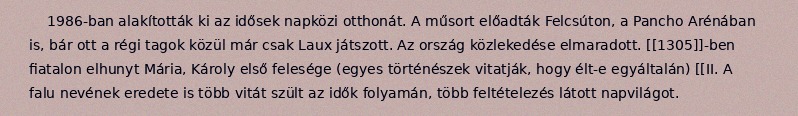
1986-ban alakították ki az idősek napközi otthonát. A műsort előadták Felcsúton, a Pancho Arénában is, bár ott a régi tagok közül már csak Laux játszott. Az ország közlekedése elmaradott. [[1305]]-ben fiatalon elhunyt Mária, Károly első felesége (egyes történészek vitatják, hogy élt-e egyáltalán) [[II. A falu nevének eredete is több vitát szült az idők folyamán, több feltételezés látott napvilágot.